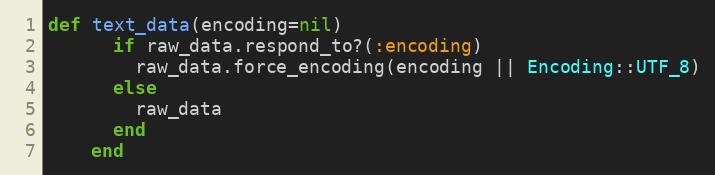
Language: Ruby
def text_data(encoding=nil)
      if raw_data.respond_to?(:encoding)
        raw_data.force_encoding(encoding || Encoding::UTF_8)
      else
        raw_data
      end
    end